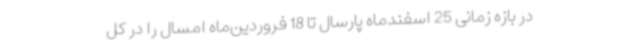
در بازه زمانی 25 اسفندماه پارسال تا 18 فروردین‌ماه امسال را در کل